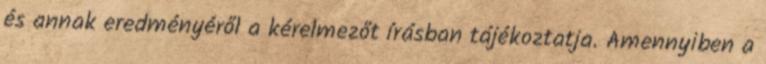
és annak eredményéről a kérelmezőt írásban tájékoztatja. Amennyiben a